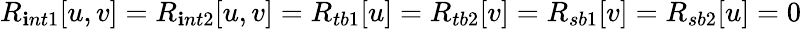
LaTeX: R_{\mathbf{i}nt1}[u,v]=R_{\mathbf{i}nt2}[u,v]=R_{tb1}[u]=R_{tb2}[v]=R_{sb1}[v]=R_{sb2}[u]=0